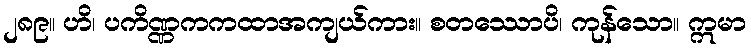
၂၈၉။ ဟိ၊ ပကိဏ္ဏကကထာအကျယ်ကား။ စတဿောပိ၊ ကုန်သော။ ဣမာ